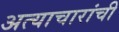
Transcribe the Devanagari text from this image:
अत्याचारांची